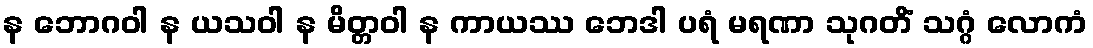
န ဘောဂဝါ န ယသဝါ န မိတ္တဝါ န ကာယဿ ဘေဒါ ပရံ မရဏာ သုဂတိံ သဂ္ဂံ လောကံ